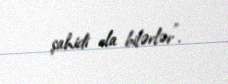
şahidi ola bilərlər”.